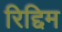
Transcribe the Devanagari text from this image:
रिद्दिम